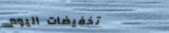
تخفيضات اليوم